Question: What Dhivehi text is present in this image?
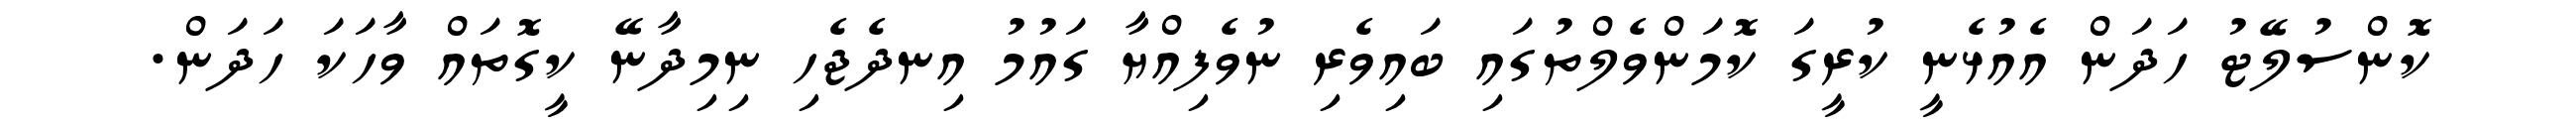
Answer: ކޮންސުލޭޓު ހަދަން އެއުޅެނީ ކުރީގަ ކޮމަންވެލްތުގައި ބައިވެރި ނުވެފިއްޔާ ގައުމު އިނދެޖެހި ނިމިދާނޭ ކީގޮތައް ވާހަކަ ހަދަން.